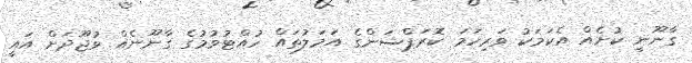
ގާނޫނީ ކުށެއް އެކަމަކު ވަރިހަމަ ކޮރަޕްޝަންގެ އަމަލުތައް ހުއްޓުވުމުގެ ގާނޫނެއް ވުޖޫދަށް އައީ